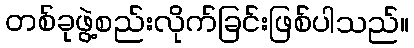
တစ်ခုဖွဲ့စည်းလိုက်ခြင်းဖြစ်ပါသည်။